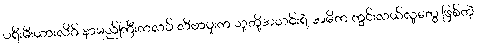
ပရီးမီးယားလိဂ် နာမည်ကြီးကလပ် လီဗာပူးက သူတို့အသင်းရဲ့ အဓိက ကွင်းလယ်လူတွေ ဖြစ်တဲ့